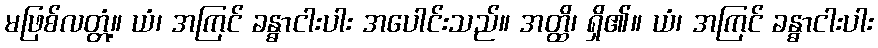
မဖြစ်လတ္တံ့။ ယံ၊ အကြင် ခန္ဓာငါးပါး အပေါင်းသည်။ အတ္ထိ၊ ရှိ၏။ ယံ၊ အကြင် ခန္ဓာငါးပါး